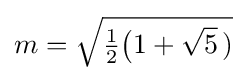
m={\sqrt {{\tfrac {1}{2}}{\bigl (}1+{\sqrt {5}}~\!)}}